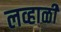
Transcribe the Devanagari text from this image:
लव्हाळी